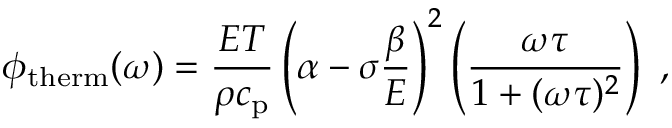
\phi _ { \mathrm { t h e r m } } ( \omega ) = \frac { E T } { \rho c _ { \mathrm { p } } } \left( \alpha - \sigma \frac { \beta } { E } \right) ^ { 2 } \left( \frac { \omega \tau } { 1 + ( \omega \tau ) ^ { 2 } } \right) ~ ,